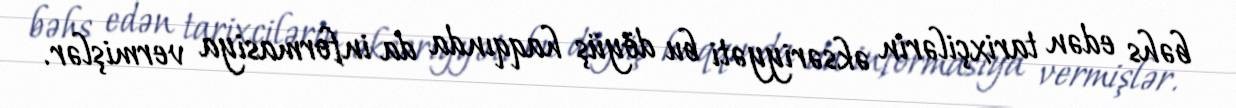
bəhs edən tarixçilərin əksəriyyəti bu döyüş haqqında da informasiya vermişlər.